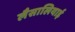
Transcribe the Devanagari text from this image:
लैसालियाई